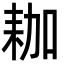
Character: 耞